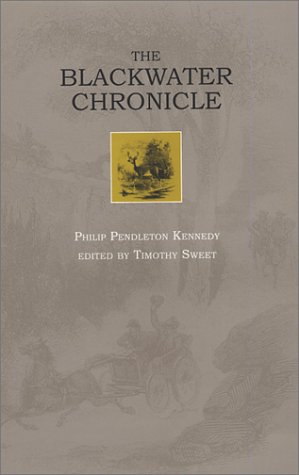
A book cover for The Blackwater Chronicle: A Narrative of an Expedition into the Land of Canaan in Randolph County, Virginia (West Virginia and Appalachia Series, 2) (WEST VIRGINIA & APPALACHIA); PHILIP P. KENNEDY; Travel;